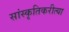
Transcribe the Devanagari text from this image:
सांस्कृतिकरीत्या